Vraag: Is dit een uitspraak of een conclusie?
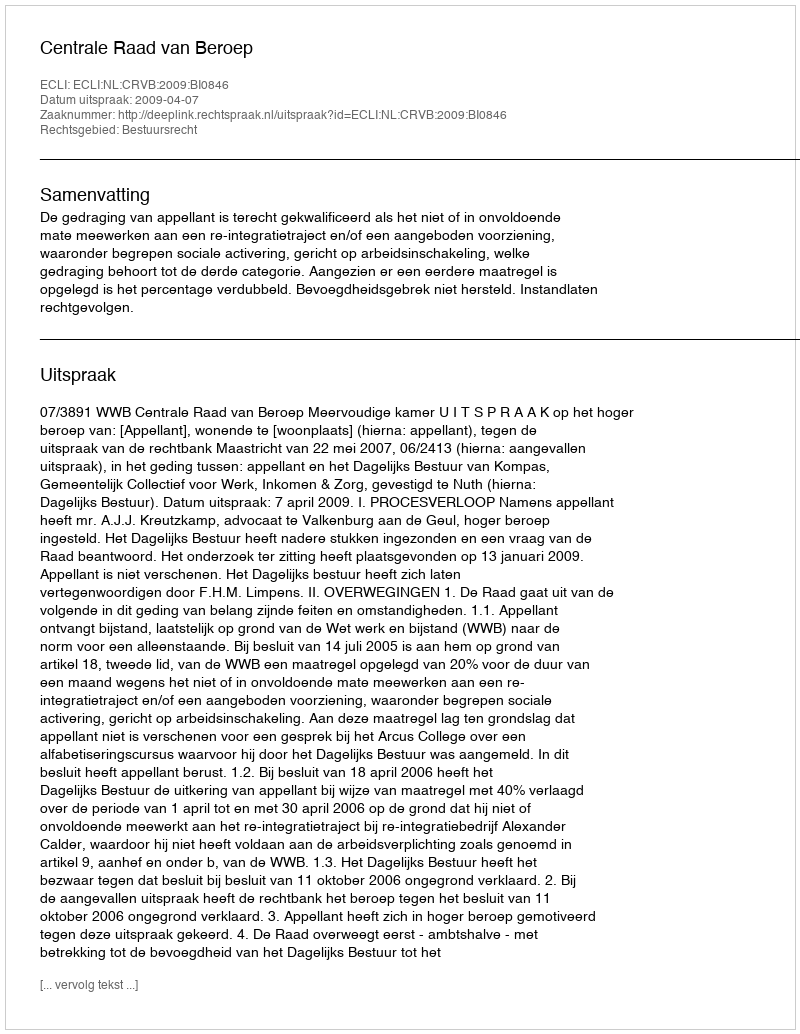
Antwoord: Uitspraak